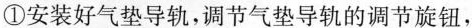
①安装好气垫导轨，调节气垫导轨的调节旋钮，